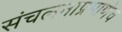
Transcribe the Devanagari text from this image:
संचलनाप्रमाणेच